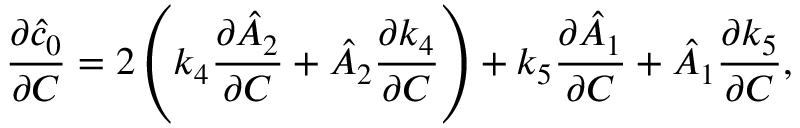
\frac { \partial \hat { c } _ { 0 } } { \partial C } = 2 \left( k _ { 4 } \frac { \partial \hat { A } _ { 2 } } { \partial C } + \hat { A } _ { 2 } \frac { \partial k _ { 4 } } { \partial C } \right) + k _ { 5 } \frac { \partial \hat { A } _ { 1 } } { \partial C } + \hat { A } _ { 1 } \frac { \partial k _ { 5 } } { \partial C } ,